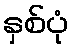
နှစ်ပုံ